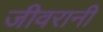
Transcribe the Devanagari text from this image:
जीवरानी